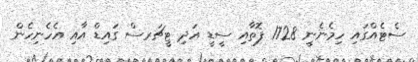
ސެޓެއްގައި ހިމެނެނީ 1728 ފޮތާއި ސީޑީ އަދި ޓީޗަރސް ގައިޑް އާއި އެހެނިހެން